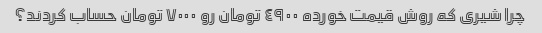
چرا شیری که روش قیمت خورده ٤٩٠٠ تومان رو ٧٠٠٠ تومان حساب کردند؟